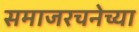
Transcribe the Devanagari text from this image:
समाजरचनेच्या